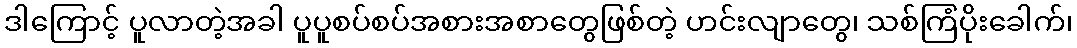
ဒါကြောင့် ပူလာတဲ့အခါ ပူပူစပ်စပ်အစားအစာတွေဖြစ်တဲ့ ဟင်းလျာတွေ၊ သစ်ကြံပိုးခေါက်၊